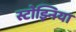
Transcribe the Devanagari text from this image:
स्टोझ्निया